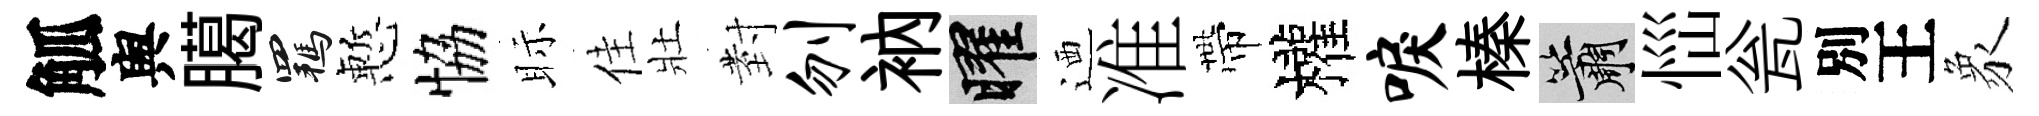
觚舆臈羈慙恊眎佳壯𭔹刎衲曜迺准帶權唳榛簫𢙉瓮別王象